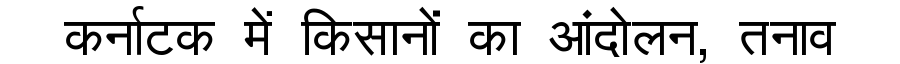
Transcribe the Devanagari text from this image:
कर्नाटक में किसानों का आंदोलन, तनाव